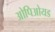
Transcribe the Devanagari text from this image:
ओपिओयड